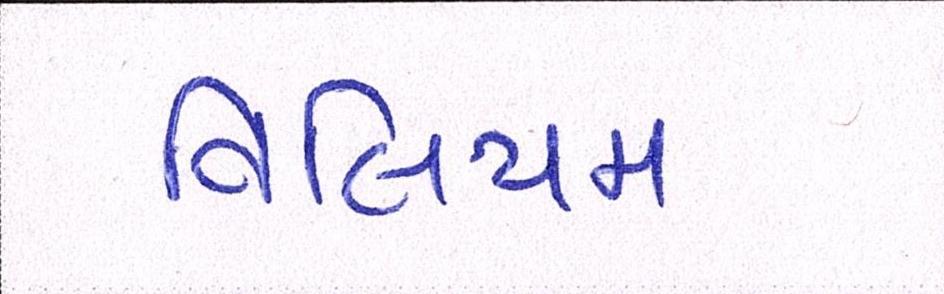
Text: વિલિયમ